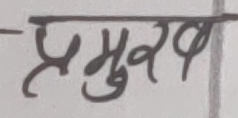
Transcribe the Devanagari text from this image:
प्रमुख